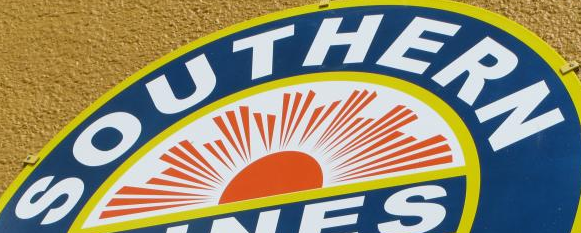
SOUTHERN